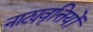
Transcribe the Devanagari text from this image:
नाट्यवृत्तियों